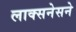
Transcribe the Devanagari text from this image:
लाक्सनेसने